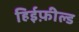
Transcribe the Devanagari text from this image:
हिईफ़ील्ड